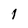
Character: 1